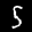
Label: 5